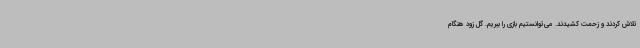
تلاش کردند و زحمت کشیدند. می‌توانستیم بازی را ببریم. گل زود هنگام